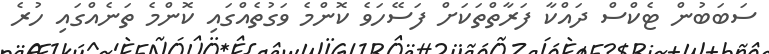
ސަބަބުން ޓެކްސް ދައްކާ ފަރާތްތަކަށް ފަސޭހަވެ ކޮންމެ ވަގުތެއްގައި ކޮންމެ ތަނެއްގައި ހުރެ